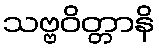
သဗ္ဗဝိတ္တာနိ